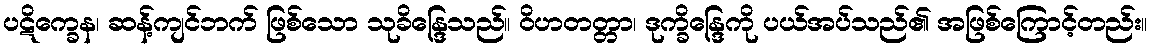
ပဋိက္ခေန၊ ဆန့်ကျင်ဘက် ဖြစ်သော သုခိန္ဒြေသည်။ ဝိဟတတ္တာ၊ ဒုက္ခိန္ဒြေကို ပယ်အပ်သည်၏ အဖြစ်ကြောင့်တည်း။